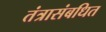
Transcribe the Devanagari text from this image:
तंत्रासंबधित